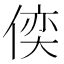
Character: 𠋈